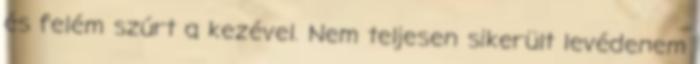
és felém szúrt a kezével. Nem teljesen sikerült levédenem